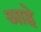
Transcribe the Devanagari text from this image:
आह्रे